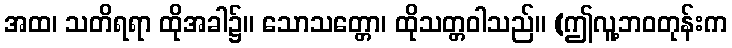
အထ၊ သတိရရာ ထိုအခါ၌။ သောသတ္တော၊ ထိုသတ္တဝါသည်။ (ဤလူ့ဘဝတုန်းက